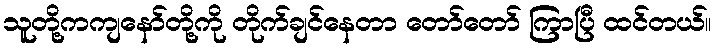
သူတို့ကကျနော်တို့ကို တိုက်ချင်နေတာ တော်တော် ကြာပြီ ထင်တယ်။